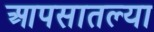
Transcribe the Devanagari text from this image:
आपसातल्या